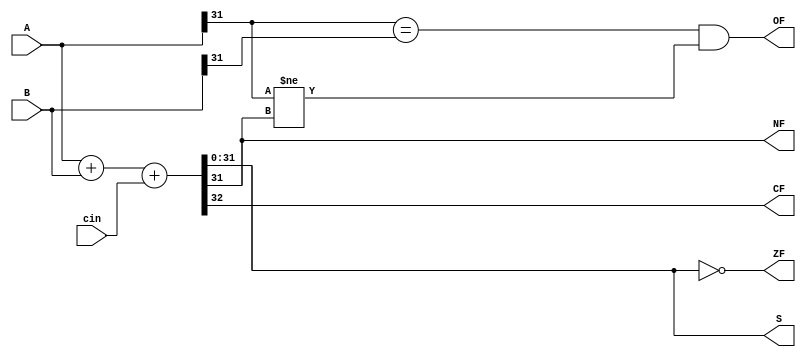
`timescale 1ns / 1ps
//////////////////////////////////////////////////////////////////////////////////
// Company: 
// Engineer: 
// 
// Design Name: 
// Module Name: adder
// Project Name: 
// Target Devices: 
// Tool Versions: 
// Description: 
// 
// Dependencies: 
// 
// Revision:
// Revision 0.01 - File Created
// Additional Comments:
// 
//////////////////////////////////////////////////////////////////////////////////


module adder(
    input [31:0] A,
    input [31:0] B,
    input cin,
    output ZF,
    output CF,
    output OF,
    output NF,
    output [31:0] S
);

wire [32:0] M;
assign M = {1'b0,A} + {1'b0,B} + cin;
assign ZF = M[31:0] == 32'd0;
assign CF = M[32];
assign OF = A[31]==B[31] && A[31]!=M[31];
assign NF = M[31];
assign S = M[31:0];


endmodule